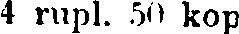
4 rupl. 50 kop